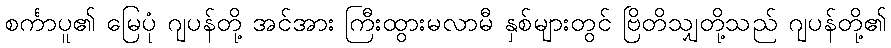
စင်္ကာပူ၏ မြေပုံ ဂျပန်တို့ အင်အား ကြီးထွားမလာမီ နှစ်များတွင် ဗြိတိသျှတို့သည် ဂျပန်တို့၏